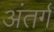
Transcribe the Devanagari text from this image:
अंतर्ग